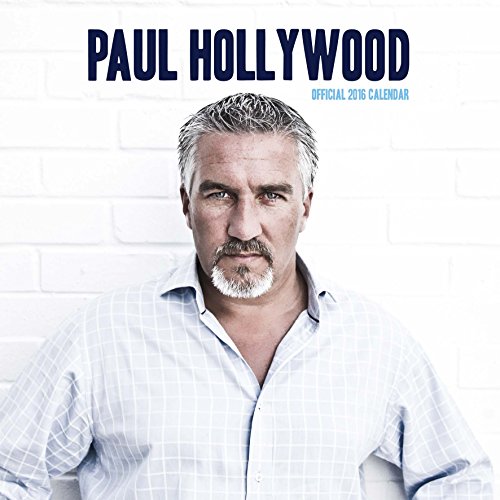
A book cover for The Official Paul Hollywood 2016 Square Calendar; Calendars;